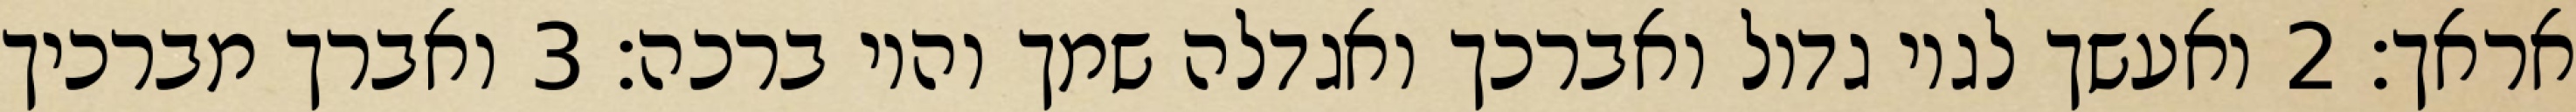
אראך׃ ‎2‏ ואעשך לגוי גדול ואברכך ואגדלה שמך והוי ברכה׃ ‎3‏ ואברך מברכיך